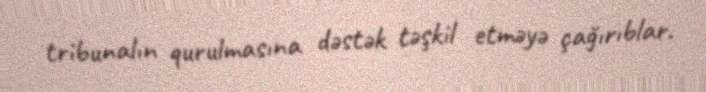
tribunalın qurulmasına dəstək təşkil etməyə çağırıblar.